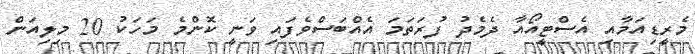
މެރީޑިއަމާއި އެސްޓީއޯއާ ދެމެދު ފުރަތަމަ އެއްބަސްވެފައި ވަނީ ކޮންމެ މަހަކު 20 މިލިއަން